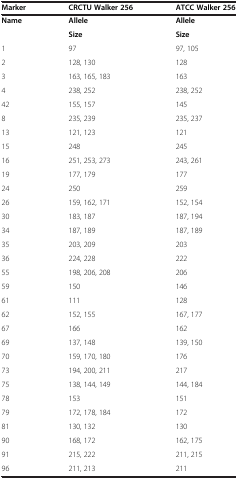
<table><thead><tr><td><b>Marker</b></td><td><b>CRCTU Walker 256</b></td><td><b>ATCC Walker 256</b></td></tr></thead><tbody><tr><td><b>Name</b></td><td><b>Allele</b></td><td><b>Allele</b></td></tr><tr><td> </td><td><b>Size</b></td><td><b>Size</b></td></tr><tr><td>1</td><td>97</td><td>97, 105</td></tr><tr><td>2</td><td>128, 130</td><td>128</td></tr><tr><td>3</td><td>163, 165, 183</td><td>163</td></tr><tr><td>4</td><td>238, 252</td><td>238, 252</td></tr><tr><td>42</td><td>155, 157</td><td>145</td></tr><tr><td>8</td><td>235, 239</td><td>235, 237</td></tr><tr><td>13</td><td>121, 123</td><td>121</td></tr><tr><td>15</td><td>248</td><td>245</td></tr><tr><td>16</td><td>251, 253, 273</td><td>243, 261</td></tr><tr><td>19</td><td>177, 179</td><td>177</td></tr><tr><td>24</td><td>250</td><td>259</td></tr><tr><td>26</td><td>159, 162, 171</td><td>152, 154</td></tr><tr><td>30</td><td>183, 187</td><td>187, 194</td></tr><tr><td>34</td><td>187, 189</td><td>187, 189</td></tr><tr><td>35</td><td>203, 209</td><td>203</td></tr><tr><td>36</td><td>224, 228</td><td>222</td></tr><tr><td>55</td><td>198, 206, 208</td><td>206</td></tr><tr><td>59</td><td>150</td><td>146</td></tr><tr><td>61</td><td>111</td><td>128</td></tr><tr><td>62</td><td>152, 155</td><td>167, 177</td></tr><tr><td>67</td><td>166</td><td>162</td></tr><tr><td>69</td><td>137, 148</td><td>139, 150</td></tr><tr><td>70</td><td>159, 170, 180</td><td>176</td></tr><tr><td>73</td><td>194, 200, 211</td><td>217</td></tr><tr><td>75</td><td>138, 144, 149</td><td>144, 184</td></tr><tr><td>78</td><td>153</td><td>151</td></tr><tr><td>79</td><td>172, 178, 184</td><td>172</td></tr><tr><td>81</td><td>130, 132</td><td>130</td></tr><tr><td>90</td><td>168, 172</td><td>162, 175</td></tr><tr><td>91</td><td>215, 222</td><td>211, 215</td></tr><tr><td>96</td><td>211, 213</td><td>211</td></tr></tbody></table>